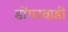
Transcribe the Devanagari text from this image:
डोंगरवाडी